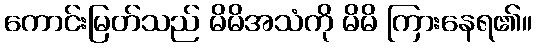
ကောင်းမြတ်သည် မိမိအသံကို မိမိ ကြားနေရ၏။